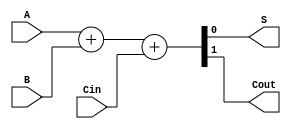
module full_adder (
  input A, B, Cin,
  output S, Cout
);

// Behavioral modeling
assign {Cout, S} = A + B + Cin;

endmodule